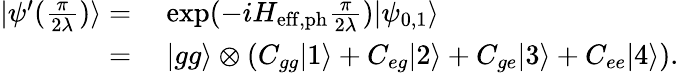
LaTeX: \begin{array}{rl}{|\psi^{\prime}({\frac{\pi}{2\lambda}})\rangle=}&{{}~\mathrm{exp}(-iH_{\mathrm{eff,ph}}\frac{\pi}{2\lambda})|\psi_{0,1}\rangle}\\ {=}&{{}~|gg\rangle\otimes(C_{gg}|1\rangle+C_{eg}|2\rangle+C_{ge}|3\rangle+C_{ee}|4\rangle).}\end{array}